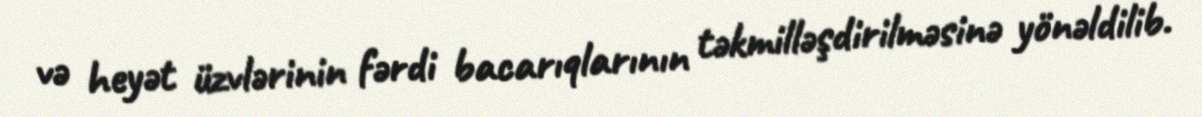
və heyət üzvlərinin fərdi bacarıqlarının təkmilləşdirilməsinə yönəldilib.